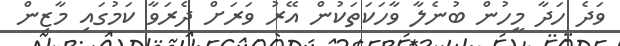
ވަދެ ހަދާ މީހުން ބުނެލާ ވާހަކަތަކުން އޭރު ވަރަށް ދެރަވާ ކަމުގައި މާޒިން